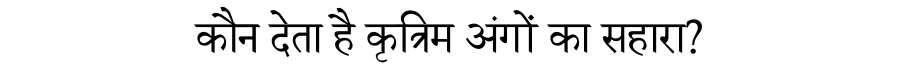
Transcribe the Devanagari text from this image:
कौन देता है कृत्रिम अंगों का सहारा?